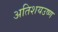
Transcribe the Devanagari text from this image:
अतिशयउष्ण